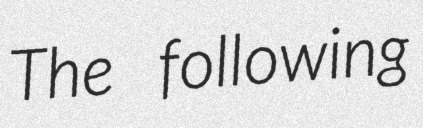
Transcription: The following